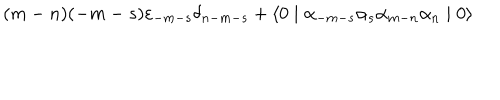
( m - n ) ( - m - s ) { \varepsilon } _ { - m - s } { \delta } _ { n - m - s } + \langle 0 \mid { \alpha } _ { - m - s } { \alpha } _ { s } { \alpha } _ { m - n } { \alpha } _ { n } \mid 0 \rangle